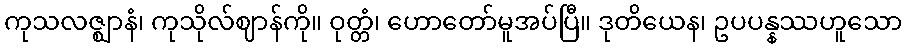
ကုသလဇ္ဈာနံ၊ ကုသိုလ်ဈာန်ကို။ ဝုတ္တံ၊ ဟောတော်မူအပ်ပြီ။ ဒုတိယေန၊ ဥပပန္နဿဟူသော